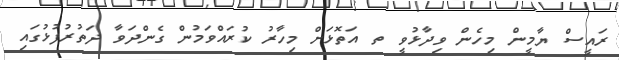
ރައީސް ޔާމީން މިހެން ވިދާޅުވީ ތ އަތޮޅަށް މިހާރު ކުރައްވަމުން ގެންދަވާ ދަތުރުފުޅުގައި